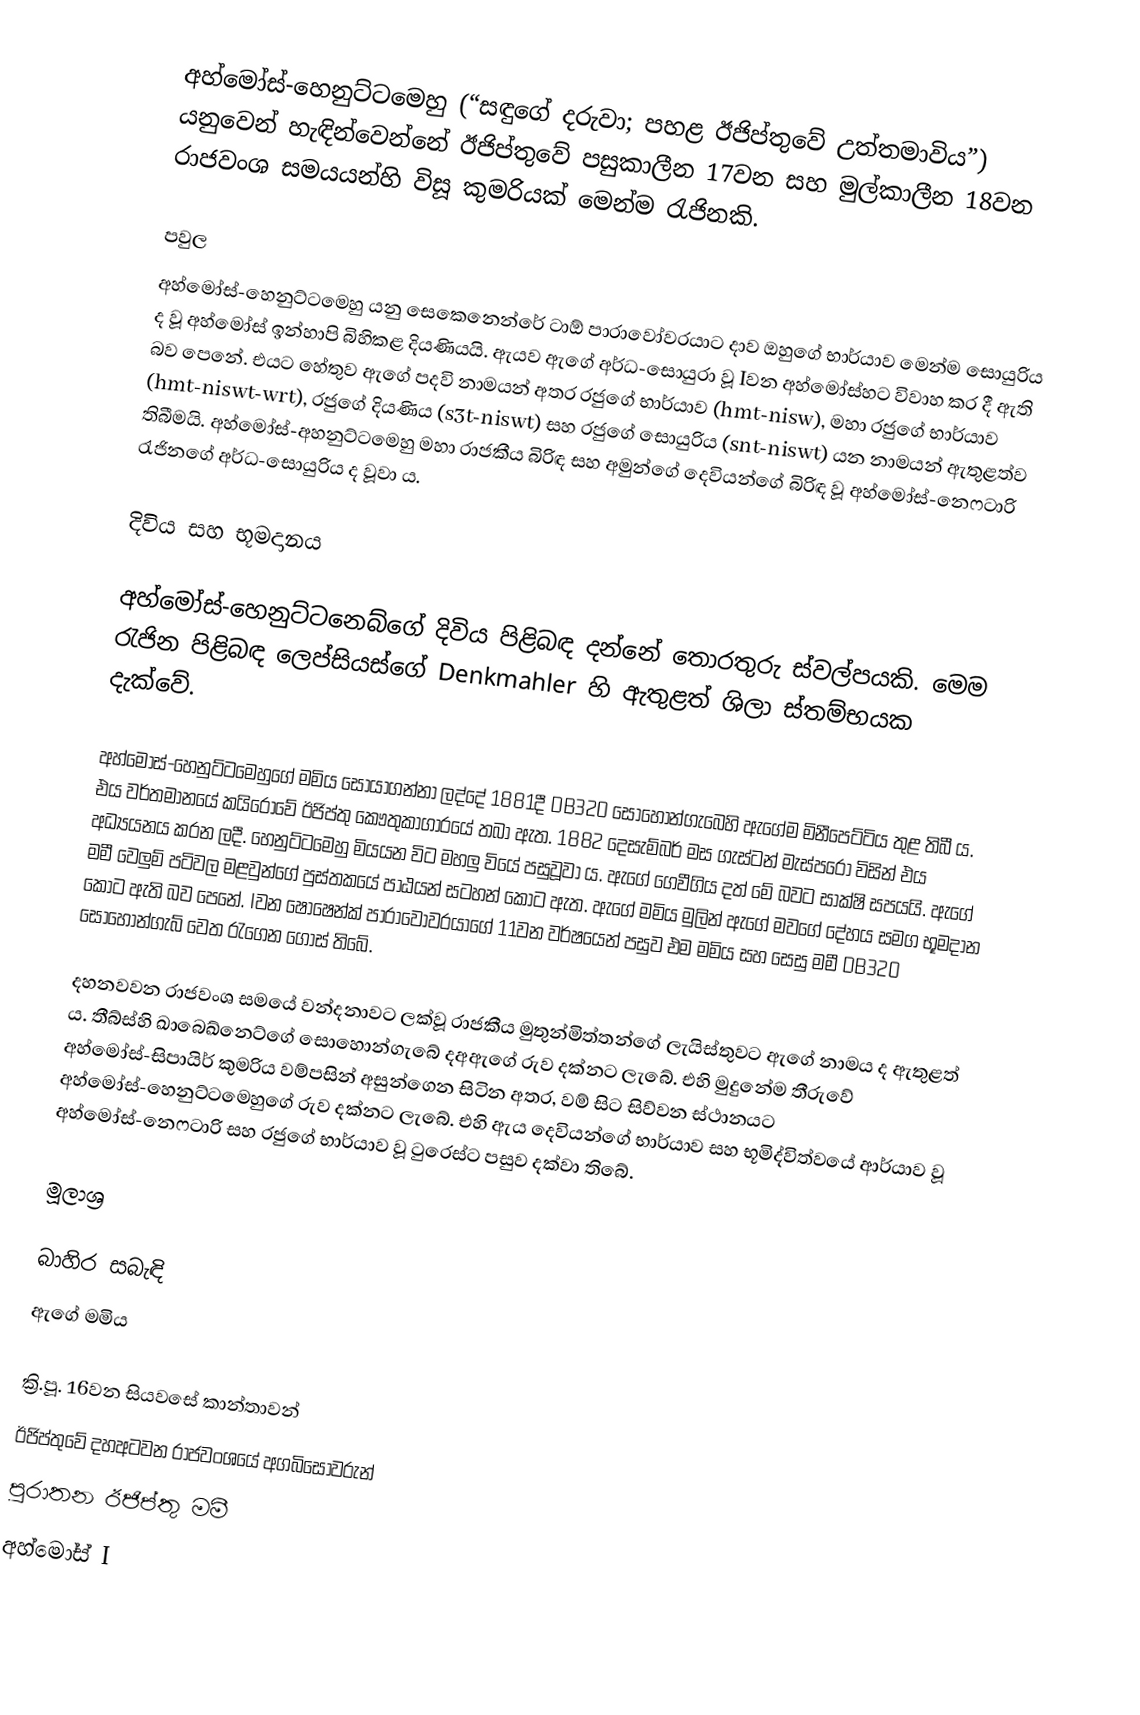
අහ්මෝස්-හෙනුට්ටමෙහු (“සඳුගේ දරුවා; පහළ ඊජිප්තුවේ උත්තමාවිය”) යනුවෙන් හැඳින්වෙන්නේ ඊජිප්තුවේ පසුකාලීන 17වන සහ මුල්කාලීන 18වන රාජවංශ සමයයන්හි විසූ කුමරියක් මෙන්ම රැජිනකි.

පවුල
අහ්මෝස්-හෙනුට්ටමෙහු යනු සෙකෙනෙන්රේ ටාඕ පාරාවෝවරයාට දාව ඔහුගේ භාර්යාව මෙන්ම සොයුරිය ද වූ අහ්මෝස් ඉන්හාපි බිහිකළ දියණියයි. ඇයව ඇගේ අර්ධ-සොයුරා වූ Iවන අහ්මෝස්හට විවාහ කර දී ඇති බව පෙනේ. එයට හේතුව ඇගේ පදවි නාමයන් අතර රජුගේ භාර්යාව (hmt-nisw), මහා රජුගේ භාර්යාව (hmt-niswt-wrt), රජුගේ දියණිය (s3t-niswt) සහ රජුගේ සොයුරිය (snt-niswt) යන නාමයන් ඇතුළත්ව තිබීමයි. අහ්මෝස්-අහනුට්ටමෙහු මහා රාජකීය බිරිඳ සහ අමුන්ගේ දෙවියන්ගේ බිරිඳ වූ අහ්මෝස්-නෙෆටාරි රැජිනගේ අර්ධ-සොයුරිය ද වූවා ය.

දිවිය සහ භූමදානය

අහ්මෝස්-හෙනුට්ටනෙබ්ගේ ‍දිවිය පිළිබඳ දන්නේ තොරතුරු ස්වල්පයකි. මෙම රැජින පිළිබඳ ලෙප්සියස්ගේ Denkmahler හි ඇතුළත් ශිලා ස්තම්භයක දැක්වේ.

අහ්මෝස්-හෙනුට්ටමෙහුගේ මමිය සොයාගන්නා ලද්දේ 1881දී DB320 සොහොන්ගැබෙහි ඇගේම මිනීපෙට්ටිය තුළ තිබී ය. එය වර්තමානයේ කයිරෝවේ ඊජිප්තු කෞතුකාගාරයේ තබා ඇත. 1882 දෙසැම්බර් මස ගැස්ටන් මැස්පරෝ විසින් එය අධ්‍යයනය කරන ලදී. හෙනුට්ටමෙහු මියයන විට මහලු වියේ පසුවූවා ය. ඇගේ ගෙවීගිය දත් මේ බවට සාක්ෂි සපයයි. ඇගේ මමී වෙලුම් පටිවල මළවුන්ගේ පුස්තකයේ පාඨයන් සටහන් කොට ඇත. ඇගේ මමිය මුලින් ඇගේ මවගේ දේහය සමග භූමදාන කොට ඇති බව පෙනේ. Iවන ෂොෂෙන්ක් පාරාවෝවරයාගේ 11වන වර්ෂයෙන් පසුව එම මමිය සහ සෙසු මමී DB320 සොහොන්ගැබ් වෙත රැගෙන ගොස් තිබේ.

දහනවවන රාජවංශ සමයේ වන්දනාවට ලක්වූ රාජකීය මුතුන්මිත්තන්ගේ ලැයිස්තුවට ඇගේ නාමය ද ඇතුළත් ය. තීබ්ස්හි ඛාබෙඛ්නෙට්ගේ සොහොන්ගැබේ දඅඇගේ රුව දක්නට ලැබේ. එහි මුදුනේම තීරුවේ අහ්මෝස්-සිපායිර් කුමරිය වම්පසින් අසුන්ගෙන සිටින අතර, වම් සිට සිව්වන ස්ථානයට අහ්මෝස්-හෙනුට්ටමෙහුගේ රුව දක්නට ලැබේ. එහි ඇය දෙවියන්ගේ භාර්යාව සහ භූමිද්විත්වයේ ආර්යාව වූ අහ්මෝස්-නෙෆටාරි සහ රජුගේ භාර්යාව වූ ටුරෙස්ට පසුව දක්වා තිබේ.

මූලාශ්‍ර

බාහිර සබැඳි
 ඇගේ මමිය

ක්‍රි.පූ. 16වන සියවසේ කාන්තාවන්
ඊජිප්තුවේ දහඅටවන රාජවංශයේ අගබිසෝවරුන්
පුරාතන ඊජිප්තු මමී
අහ්මෝස් I